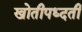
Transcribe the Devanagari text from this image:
खोतीपध्दती